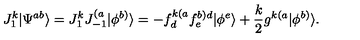
J _ { 1 } ^ { k } | \Psi ^ { a b } \rangle = J _ { 1 } ^ { k } J _ { - 1 } ^ { ( a } | \phi ^ { b ) } \rangle = - f _ { d } ^ { k ( a } f _ { e } ^ { b ) d } | \phi ^ { e } \rangle + { \frac { k } { 2 } } g ^ { k ( a } | \phi ^ { b ) } \rangle .